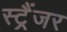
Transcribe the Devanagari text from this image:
स्ट्रैंजर